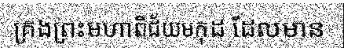
គ្រងព្រះមហាពិជ័យមកុដ ដែលមាន